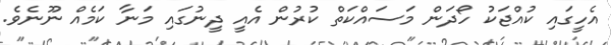
އެހީގައި ކުއްޖަކު ހޯދަން މަސައްކަތް ކުރުން އެއީ ދީނުގައި މަނާ ކަމެއް ނޫނެވެ.